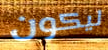
ليكون